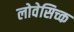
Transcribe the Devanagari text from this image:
लोवेसिच्क